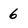
Character: 6